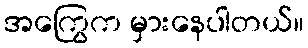
အကြွေက မှားနေပါတယ်။